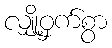
လျှို့ဝှက်စွာ